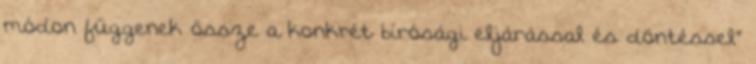
módon függenek össze a konkrét bírósági eljárással és döntéssel”